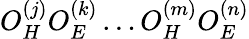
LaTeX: O_{H}^{(j)}O_{E}^{(k)}\dots O_{H}^{(m)}O_{E}^{(n)}